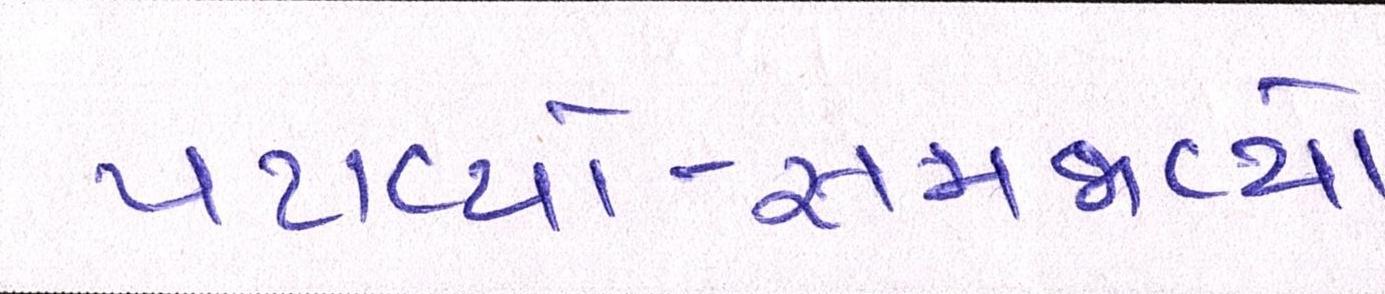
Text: પટાવ્યો-સમજાવ્યો